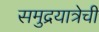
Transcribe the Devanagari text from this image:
समुद्रयात्रेची